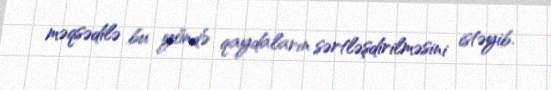
məqsədilə bu yöndə qaydaların sərtləşdirilməsini istəyib.